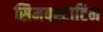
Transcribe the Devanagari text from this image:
सिमबस्टाटिन